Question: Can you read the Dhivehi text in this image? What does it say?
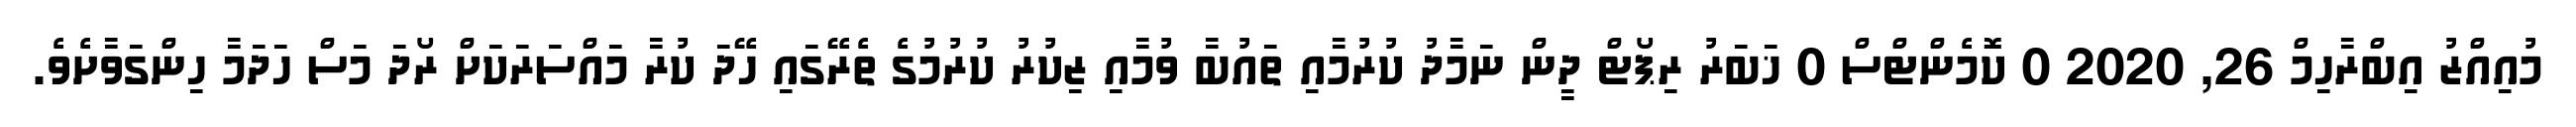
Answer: މުއިއްޒު އިބްރާހިމް 26, 2020 0 ކޮމެންޓްސް 0 ޚަބަރު ރިޕޯޓް ދީން ނަމާދު ކުރުމާއި ތައުބާ ވުމާއި ޒިކުރު ކުރުމުގެ ތެރޭގައި ހޭދަ ކުރާ މައްސަރަކަށް ރޯދަ މަސް ހަދަމާ ހިންގަވާށެވެ.